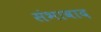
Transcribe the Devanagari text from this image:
संभावाद